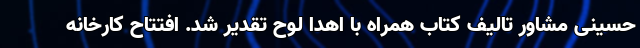
حسینی مشاور تالیف کتاب همراه با اهدا لوح تقدیر شد. افتتاح کارخانه